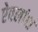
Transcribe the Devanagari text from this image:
ऐवलांश